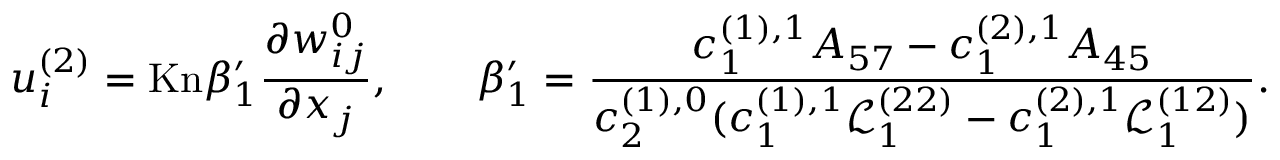
u _ { i } ^ { ( 2 ) } = \mathrm { K n } \beta _ { 1 } ^ { \prime } \frac { \partial w _ { i j } ^ { 0 } } { \partial x _ { j } } , \qquad \beta _ { 1 } ^ { \prime } = \frac { c _ { 1 } ^ { ( 1 ) , 1 } A _ { 5 7 } - c _ { 1 } ^ { ( 2 ) , 1 } A _ { 4 5 } } { c _ { 2 } ^ { ( 1 ) , 0 } ( c _ { 1 } ^ { ( 1 ) , 1 } \mathscr { L } _ { 1 } ^ { ( 2 2 ) } - c _ { 1 } ^ { ( 2 ) , 1 } \mathscr { L } _ { 1 } ^ { ( 1 2 ) } ) } .